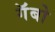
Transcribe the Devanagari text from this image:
गॅबो